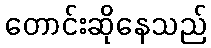
တောင်းဆိုနေသည်